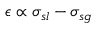
\epsilon \propto \sigma _ { s l } - \sigma _ { s g }